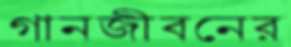
গানজীবনের